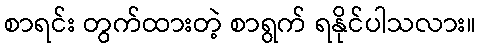
စာရင်း တွက်ထားတဲ့ စာရွက် ရနိုင်ပါသလား။